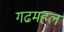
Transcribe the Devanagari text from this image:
गढमहल